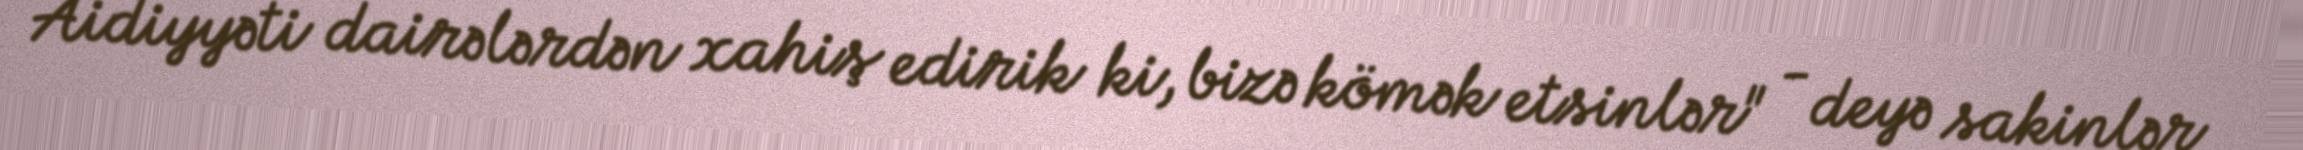
Aidiyyəti dairələrdən xahiş edirik ki, bizə kömək etsinlər" - deyə sakinlər